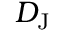
D _ { \mathrm { J } }